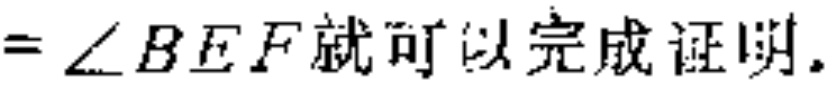
$=\angle BEF就可以完成证明.$